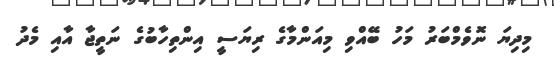
މިދިޔަ ނޮވެމްބަރު މަހު ބޭއްވި މިއަންމާގެ ރިޔަސީ އިންތިހާބުގެ ނަތީޖާ އާއި މެދު